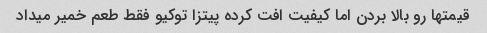
قیمتها رو بالا بردن اما کیفیت افت کرده پیتزا توکیو فقط طعم خمیر میداد